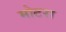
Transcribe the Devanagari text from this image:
मोटरा